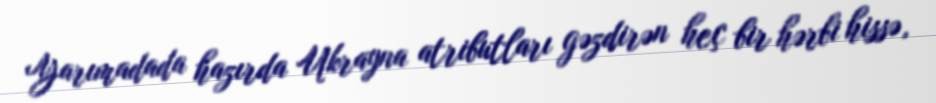
Yarımadada hazırda Ukrayna atributları gəzdirən heç bir hərbi hissə,